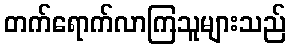
တက်ရောက်လာကြသူများသည်